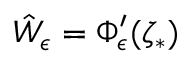
\hat { W } _ { \epsilon } = \Phi _ { \epsilon } ^ { \prime } ( \zeta _ { * } )